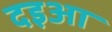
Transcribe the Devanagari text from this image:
दइआ